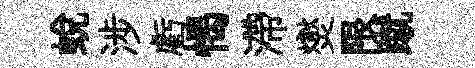
蛻涉虧愒滯爕限蹴